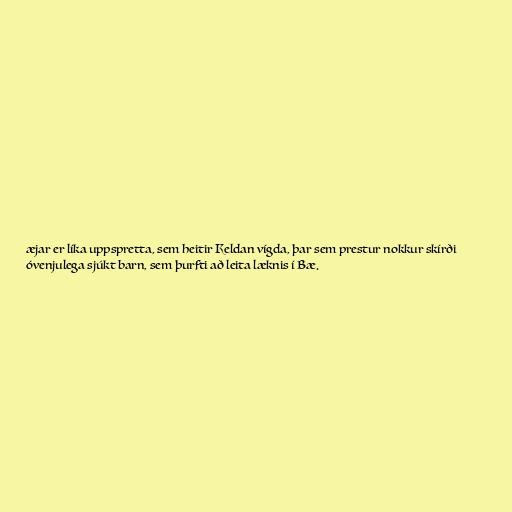
æjar er líka uppspretta, sem heitir Keldan vígda, þar sem prestur nokkur skírði
óvenjulega sjúkt barn, sem þurfti að leita læknis í Bæ.